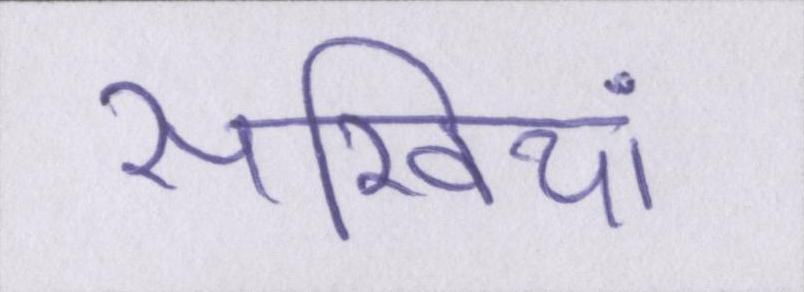
सखियां